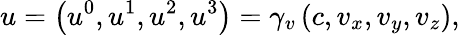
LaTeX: u=\left(u^{0},u^{1},u^{2},u^{3}\right)=\gamma_{v}\left(c,v_{x},v_{y},v_{z}\right),